Senior Leaving Certificate Examination (including Day School Certificate (Higher) General paper), 1948
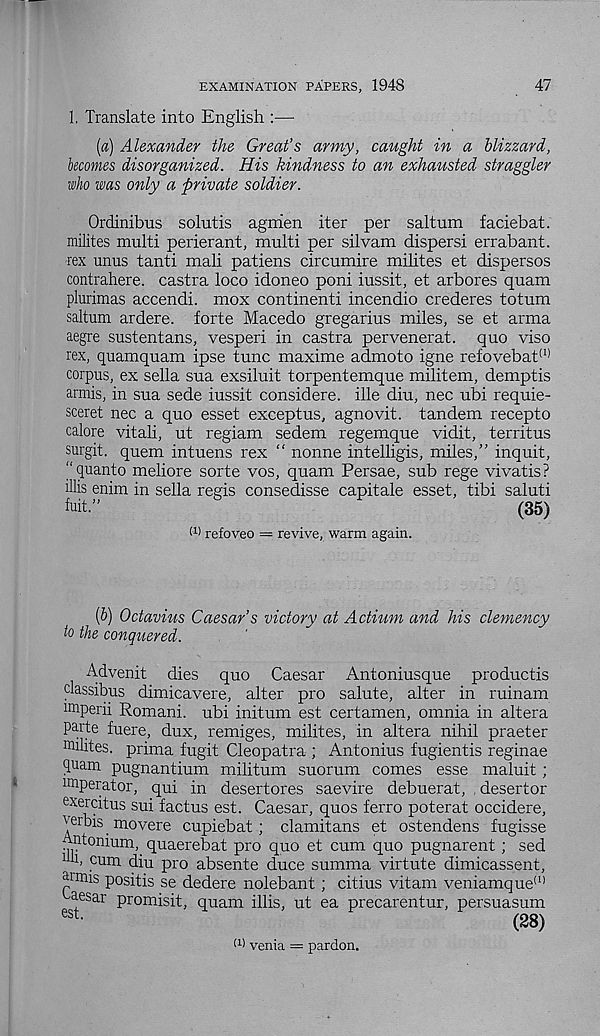
EXAMINATION PAPERS, 1948
47
1. Translate into English :—
[a) Alexander the Great’s army, caught in a blizzard,
becomes disorganized. His kindness to an exhausted straggler
who was only a private soldier.
Ordinibus solutis agrrien iter per saltum faciebat.
milites multi perierant, multi per silvam dispersi errabant.
rex unus tanti mali patiens circumire milites et dispersos
contrahere. castra loco idoneo poni iussit, et arbores quam
plurimas accendi. mox continenti incendio crederes totum
saltum ardere. forte Macedo gregarius miles, se et arma
aegre sustentans, vesperi in castra pervenerat. quo viso
rex, quamquam ipse tunc maxime admoto igne refovebat (I)
corpus, ex sella sua exsiluit torpentemque militem, demptis
armis, in sua sede iussit considere. ille diu, nec ubi requie-
sceret nec a quo esset exceptus, agnovit. tandem recepto
calore vitali, ut regiam sedem regemque vidit, territus
surgit. quern intuens rex “ nonne intelligis, miles,” inquit,
''quanto meliore sorte vos, quam Persae, sub rege vivatis?
illis enim in sella regis consedisse capitale esset, tibi saluti
fuit.”
(35)
(1 > refoveo = revive, warm again.
(6) Octavius Caesar’s victory at Actium and his clemency
to the conquered.
Advenit dies quo Caesar Antoniusque productis
ciassibus dimicavere, alter pro salute, alter in ruinam
imperii Romani, ubi initum est certamen, omnia in altera
parte fuere, dux, remiges, milites, in altera nihil praeter
milites. prima fugit Cleopatra ; Antonius fugientis reginae
quam pugnantium militum suorum comes esse maluit ;
imperator, qui in desertores saevire debuerat, desertor
exercitus sui factus est. Caesar, quos ferro poterat occidere,
imrbis. movere cupiebat ; clamitans et ostendens fugisse
Antonium, quaerebat pro quo et cum quo pugnarent; sed
1 u, cum diu pro absente duce summa virtute dimicassent,
armis positis se dedere nolebant; citius vitam veniamque (1)
aesar promisit, quam illis, ut ea precarentur, persuasum
est
(28)
(1 > venia = pardon.